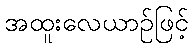
အထူးလေယာဉ်ဖြင့်